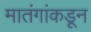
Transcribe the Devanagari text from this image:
मातंगांकडून